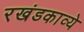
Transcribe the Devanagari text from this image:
रखंडकाव्ये